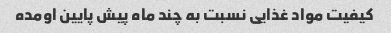
کیفیت مواد غذایی نسبت به چند ماه پیش پایین اومده